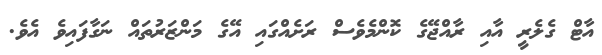
އާޓް ގެލެރީ އާއި ރާއްޖޭގެ ކޮންމެވެސް ރަށެއްގައި އޭގެ މަންޒަރުތައް ނަގާފައިވެ އެވެ.